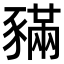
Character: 𧱼